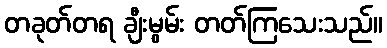
တခုတ်တရ ချီးမွမ်း တတ်ကြသေးသည်။